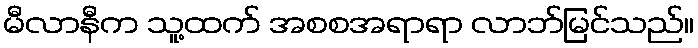
မီလာနီက သူ့ထက် အစစအရာရာ လာဘ်မြင်သည်။